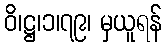
ဝိ၊ဋ္ဌ၊၁၊၇၉၊ မှယူရန်